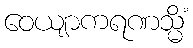
ဝေယျာကရဏသ္မိံ